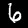
Label: 6